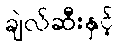
ချဲလ်ဆီးနှင့်